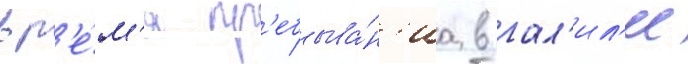
вр'е́м'я пр'ебыва́н'иа в гал'ил'ее